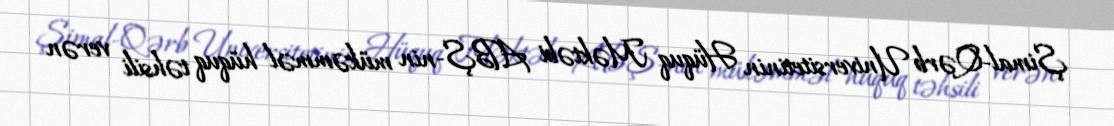
Şimal-Qərb Universitetinin Hüquq Məktəbi ABŞ-nin mükəmməl hüquq təhsili verən